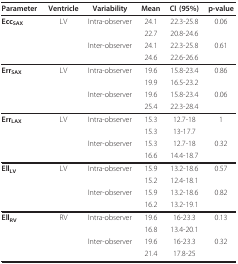
<table><thead><tr><td><b>Parameter</b></td><td><b>Ventricle</b></td><td><b>Variability</b></td><td><b>Mean</b></td><td><b>CI (95%)</b></td><td><b>p-value</b></td></tr></thead><tbody><tr><td><b>Ecc<sub>SAX</sub></b></td><td>LV</td><td>Intra-observer</td><td>24.1</td><td>22.3-25.8</td><td>0.06</td></tr><tr><td></td><td></td><td></td><td>22.7</td><td>20.8-24.6</td><td></td></tr><tr><td></td><td></td><td>Inter-observer</td><td>24.1</td><td>22.3-25.8</td><td>0.61</td></tr><tr><td></td><td></td><td></td><td>24.6</td><td>22.6-26.6</td><td></td></tr><tr><td><b>Err<sub>SAX</sub></b></td><td>LV</td><td>Intra-observer</td><td>19.6</td><td>15.8-23.4</td><td>0.86</td></tr><tr><td></td><td></td><td></td><td>19.9</td><td>16.5-23.2</td><td></td></tr><tr><td></td><td></td><td>Inter-observer</td><td>19.6</td><td>15.8-23.4</td><td>0.06</td></tr><tr><td></td><td></td><td></td><td>25.4</td><td>22.3-28.4</td><td></td></tr><tr><td><b>Err<sub>LAX</sub></b></td><td>LV</td><td>Intra-observer</td><td>15.3</td><td>12.7-18</td><td>1</td></tr><tr><td></td><td></td><td></td><td>15.3</td><td>13-17.7</td><td></td></tr><tr><td></td><td></td><td>Inter-observer</td><td>15.3</td><td>12.7-18</td><td>0.32</td></tr><tr><td></td><td></td><td></td><td>16.6</td><td>14.4-18.7</td><td></td></tr><tr><td><b>Ell<sub>LV</sub></b></td><td>LV</td><td>Intra-observer</td><td>15.9</td><td>13.2-18.6</td><td>0.57</td></tr><tr><td></td><td></td><td></td><td>15.2</td><td>12.4-18.1</td><td></td></tr><tr><td></td><td></td><td>Inter-observer</td><td>15.9</td><td>13.2-18.6</td><td>0.82</td></tr><tr><td></td><td></td><td></td><td>16.2</td><td>13.2-19.1</td><td></td></tr><tr><td><b>Ell<sub>RV</sub></b></td><td>RV</td><td>Intra-observer</td><td>19.6</td><td>16-23.3</td><td>0.13</td></tr><tr><td></td><td></td><td></td><td>16.8</td><td>13.4-20.1</td><td></td></tr><tr><td></td><td></td><td>Inter-observer</td><td>19.6</td><td>16-23.3</td><td>0.32</td></tr><tr><td></td><td></td><td></td><td>21.4</td><td>17.8-25</td><td></td></tr></tbody></table>